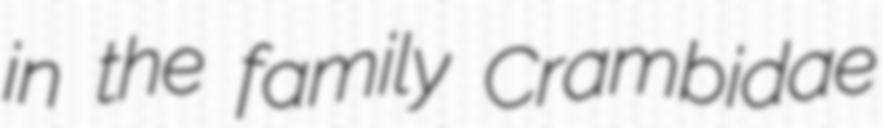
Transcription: in the family Crambidae